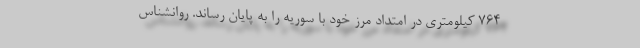
764 کیلومتری در امتداد مرز خود با سوریه را به پایان رساند. روانشناس